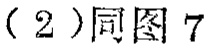
(2)同图7